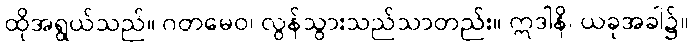
ထိုအရွယ်သည်။ ဂတမေဝ၊ လွန်သွားသည်သာတည်း။ ဣဒါနိ၊ ယခုအခါ၌။